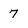
Character: 7